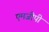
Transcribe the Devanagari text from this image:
एमजीपी